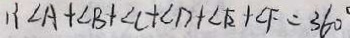
\therefore \angle A + \angle B + \angle C + \angle D + \angle E + \angle F = 3 6 0 ^ { \circ }